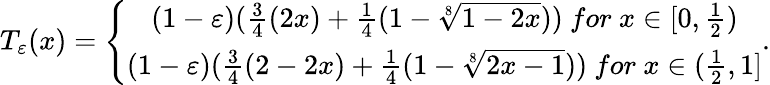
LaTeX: T_{\varepsilon}(x)=\left\{ \begin{array}{c}{(1-\varepsilon)(\frac{3}{4}(2x)+\frac{1}{4}(1-\sqrt[8]{1-2x}))~for~x\in\lbrack 0,\frac{1}{2})}\\ {(1-\varepsilon)(\frac{3}{4}(2-2x)+\frac{1}{4}(1-\sqrt[8]{2x-1}))~for~x\in(\frac{1}{2},1]}\end{array}\right..